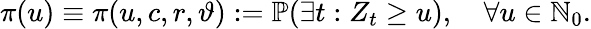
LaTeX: \pi(u)\equiv\pi(u,c,r,\vartheta):=\mathbb{P}(\exists t:Z_{t}\geq u),\quad\forall u\in\mathbb{N}_{0}.